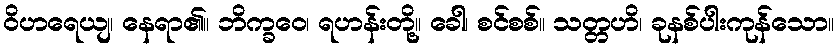
ဝိဟရေယျ၊ နေရာ၏။ ဘိက္ခဝေ၊ ရဟန်းတို့။ ခေါ၊ စင်စစ်။ သတ္တဟိ၊ ခုနစ်ပါးကုန်သော။